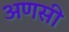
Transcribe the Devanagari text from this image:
अणसी